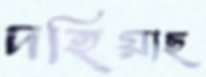
দহিয়াছ